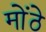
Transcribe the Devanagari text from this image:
मोंठे